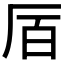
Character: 𫨅